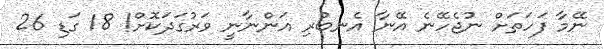
ނޭމާ ފަހަތަށް ނުޖެހޭނެ އޭނާ އެނބުރި އަންނާނީ ވަރުގަދަކޮށް! 18 ގަޑި 26